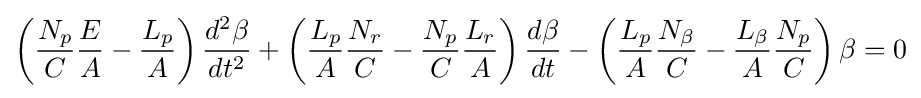
\left({\frac {N_{p}}{C}}{\frac {E}{A}}-{\frac {L_{p}}{A}}\right){\frac {d^{2}\beta }{dt^{2}}}+\left({\frac {L_{p}}{A}}{\frac {N_{r}}{C}}-{\frac {N_{p}}{C}}{\frac {L_{r}}{A}}\right){\frac {d\beta }{dt}}-\left({\frac {L_{p}}{A}}{\frac {N_{\beta }}{C}}-{\frac {L_{\beta }}{A}}{\frac {N_{p}}{C}}\right)\beta =0